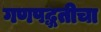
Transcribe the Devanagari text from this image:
गणपद्धतीचा